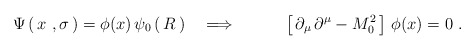
\begin{align*}\Psi\left(\, x\ , \sigma\, \right)=\phi(x)\, \psi_0\left(\, R\, \right) \quad \Longrightarrow \quad \qquad \left[\, \partial_\mu\, \partial^\mu - M_0^2\, \right]\,\phi(x) =0\ .\end{align*}